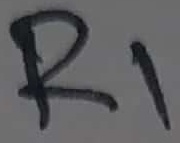
Text: R1